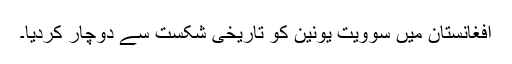
افغانستان میں سوویت یونین کو تاریخی شکست سے دوچار کردیا۔